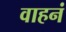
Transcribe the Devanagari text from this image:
वाहनं